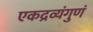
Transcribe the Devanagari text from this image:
एकद्रव्यंगुणं